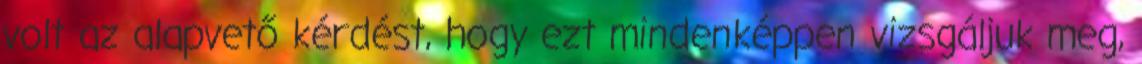
volt az alapvető kérdést, hogy ezt mindenképpen vizsgáljuk meg,